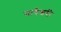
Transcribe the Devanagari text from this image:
माधेश्वरी